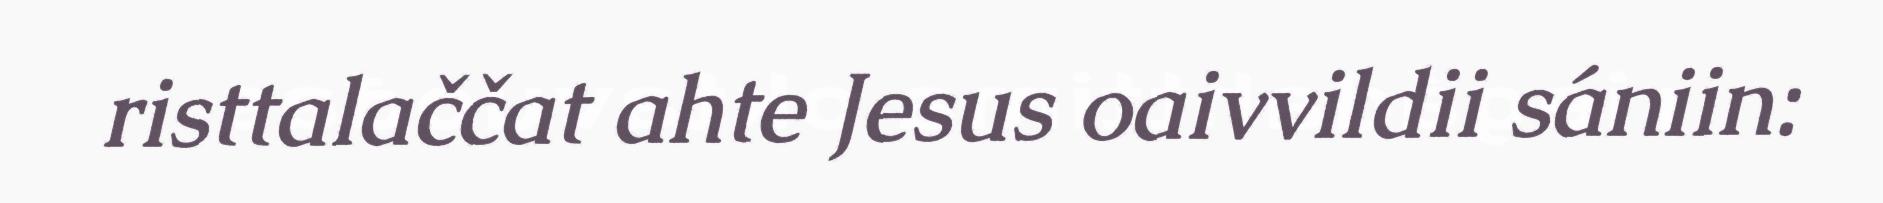
risttalaččat ahte Jesus oaivvildii sániin: